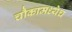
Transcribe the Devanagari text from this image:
चौकामध्येच